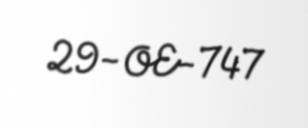
29-OE-747